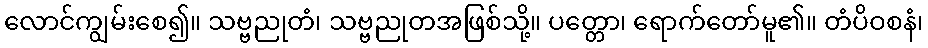
လောင်ကျွမ်းစေ၍။ သဗ္ဗညုတံ၊ သဗ္ဗညုတအဖြစ်သို့။ ပတ္တော၊ ရောက်တော်မူ၏။ တံပိဝစနံ၊